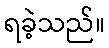
ရခဲ့သည်။